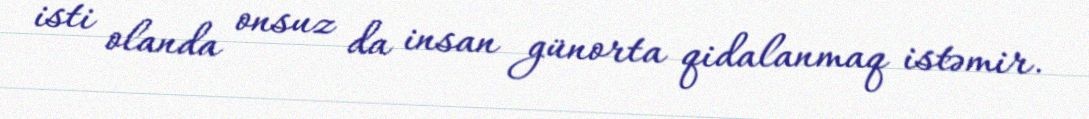
isti olanda onsuz da insan günorta qidalanmaq istəmir.